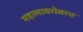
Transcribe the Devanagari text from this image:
महालाबरोबरच